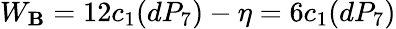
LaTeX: W_{\mathbf{B}}=12c_{1}(dP_{7})-\eta=6c_{1}(dP_{7})